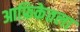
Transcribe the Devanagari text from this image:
आफ्रिकेतला